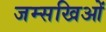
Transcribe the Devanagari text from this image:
जम्सखिओं